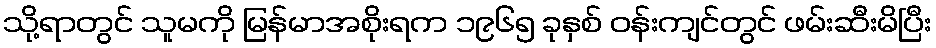
သို့ရာတွင် သူမကို မြန်မာအစိုးရက ၁၉၆၅ ခုနှစ် ဝန်းကျင်တွင် ဖမ်းဆီးမိပြီး